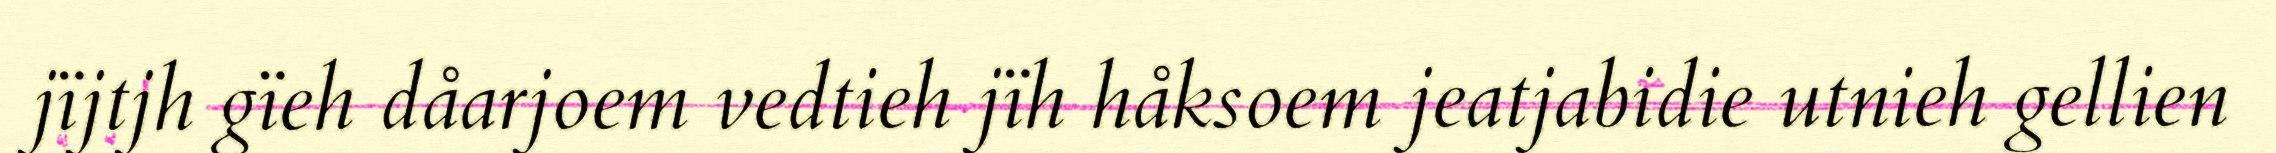
jïjtjh gïeh dåarjoem vedtieh jïh håksoem jeatjabidie utnieh gellien